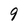
Character: 9